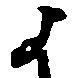
よ